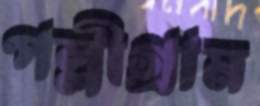
পল্লীগ্রাম